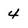
Character: 4